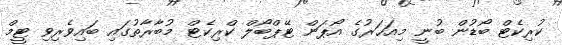
ކުރިކެޓް ބޯޑުން ބުނީ މިއަހަރުގެ އޯޕަން ޓޭޕްބޯލް ކްރިކެޓް މުބާރާތުގައި ބައިވެރިވި ޓީމް